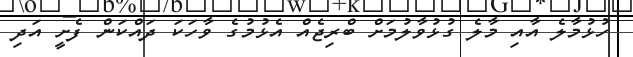
ހުޅުމާލެ އާއި މާލެ ގުޅުވާލުމަށް ބްރިޖެއް އެޅުމުގެ ވާހަކަ ދައްކަން ފެށީ އަދި